Kihnu_vallavalitsus, lk 43
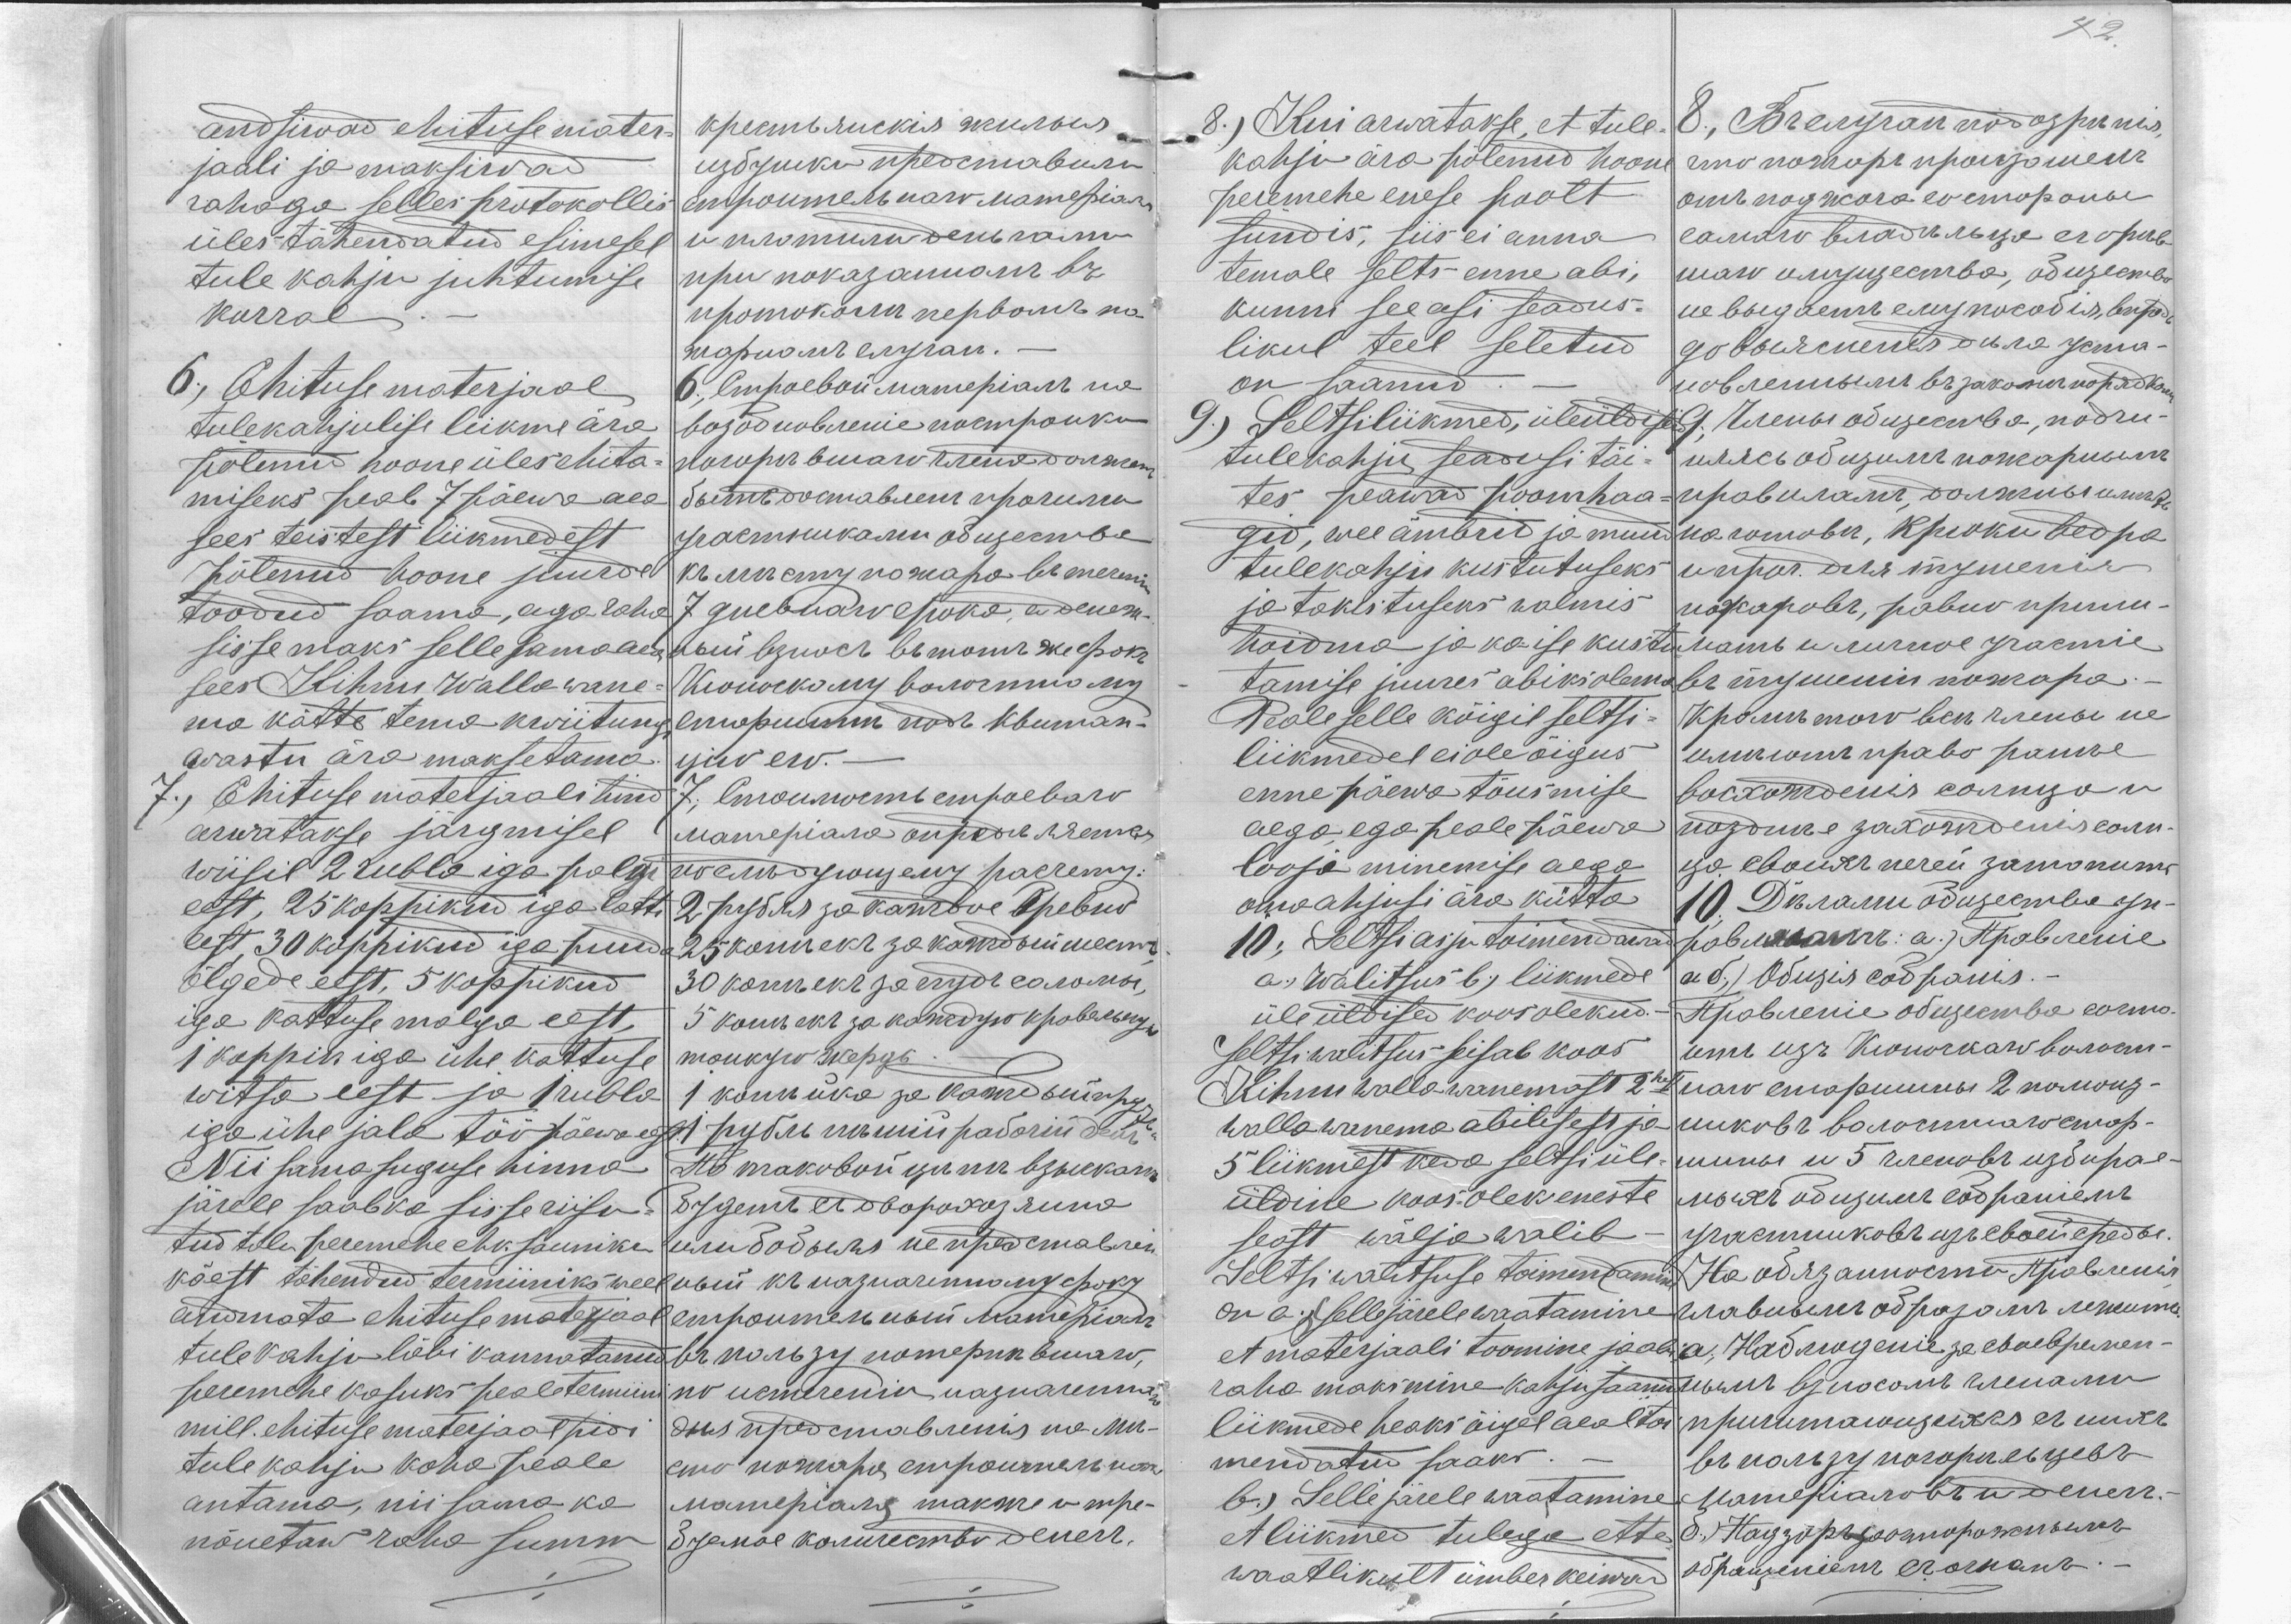
andsiwad ehituse mater-
jaali ja maksiwad
rahaga selles protokollis
üles tähendatud esimesel
tule kahju juhtumise
korral
6., Ehituse materjaal
tulekahjulise liikme ära
põlenud hoone üles ehita-
miseks peab 7 päewa aea
sees teistest liikmedest
põlenud hoone juurde
toodud saama, aga raha
sisse maks selle sama aea
sees Kihnu Walla wane-
ma kätte tema kwiitun
wastu ära maksetama
7., Ehituse materjaali hind
arwatakse järgmisel
wiisil 2 rubla iga palgi
eest, 25 koppikud iga latti
eest, 30 koppikud iga puuda
õlgede eest, 5 koppikud
iga kattuse malga eest,
1 koppik iga ühe kattuse
witsa eest ja 1 rubla
iga ühe jala töö päewa eest
Nii sama suguse hinna
järele saab ka sisse riisu-
tud talu peremehe ehk saunike
käest tähendud termiiniks wee
andmata ehituse materjaal
tule kahju läbi kannatanu
peremehe kasuks peale termiin
mill. ehituse materjaal pidi
tule kahju koha peale
antama, nii sama ka
nõuetaw raha summ

42

8., Kui arwatakse, et tule-
kahju ära põlenud hoone
peremehe enese poolt
sündis, siis ei anna
temale selts enne abi,
kunni see asi seadus-
likul teel seletud
on saanud.
9., Seltsiliikmed, üleüldisid
tulekahju seadusi täi-
tes peawad poomhaa-
gid, wee ämbrid ja muud
tulekahju kustutuseks
ja takistuseks walmis
hoidma ja ka ise kustu-
tamise juures abiks olema.
Peale selle kõigil seltsi-
liikmedel ei ole õigus
enne päewa tõusmise
aega ega peale päewa
looja minemise aega
oma ahjusi ära kütta
10; Seltsi asju toimendanud
a.) Walitsus b.) liikmede
üle üldised koosolekud.-
Seltsi walitsus seisab koos
Kihnu walla wanemast 2hest
wallawanema abilisest ja
5 liikmest keda seltsi üle-
üldine koosolek eneste
seast wälja walib.
Seltsi walitsuse toimendamine
on a.) (sellejärele waatamine
et materjaali toomine ja abi
raha maksmine kahju saanud
liikmede heaks õigel aeal toi
mendatud saaks.
b.) Selle järele waatamine
et liikmed tulega ette
waatlikult ümber keiwad